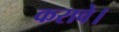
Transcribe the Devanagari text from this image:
करावे।